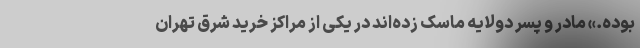
بوده.» مادر و پسر دولایه ماسک زده‌اند در یکی از مراکز خرید شرق تهران